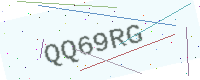
Text: QQ69RG